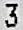
3